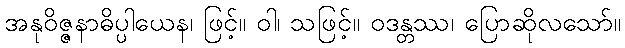
အနုဝိဇ္ဇနာဓိပ္ပါယေန၊ ဖြင့်။ ဝါ၊ သဖြင့်။ ဝဒန္တဿ၊ ပြောဆိုလသော်။